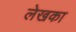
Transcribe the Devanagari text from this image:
लेखका